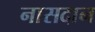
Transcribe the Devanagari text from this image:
नासदान